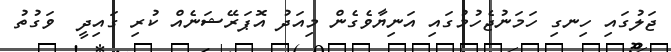
ޖަލުގައި ހިނގި ހަމަނުޖެހުމުގައި އަނިޔާވެގެން މިއަދު އޮޕަރޭޝަނެއް ކުރި ގައިދީ  ވަގުތު